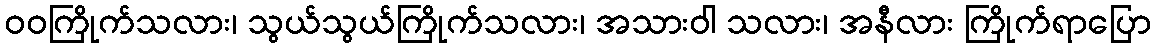
ဝဝကြိုက်သလား၊ သွယ်သွယ်ကြိုက်သလား၊ အသားဝါ သလား၊ အနီလား ကြိုက်ရာပြော